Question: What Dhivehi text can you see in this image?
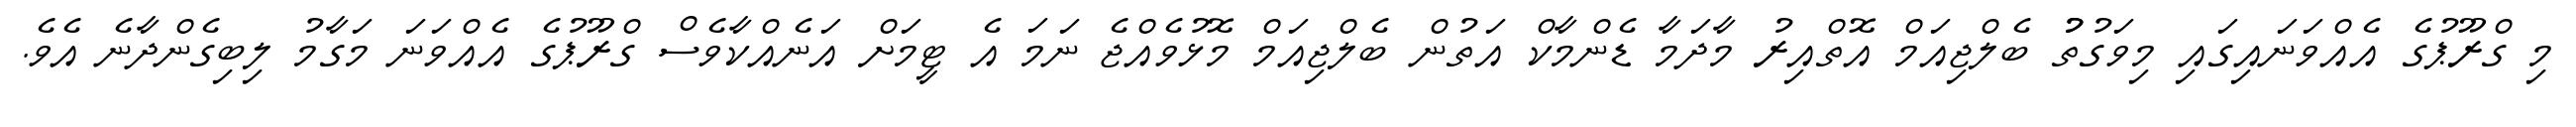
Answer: މި ގްރޫޕުގެ އެއްވަނައިގައި މިވަގުތުު ބެލްޖިއަމް އޮތްއިރު މާދަމާ ޑެންމާކް އަތުން ބެލްޖިއަމް މޮޅުވެއްޖެ ނަމަ އެ ޓީމަށް އަނެއްކާވެސް ގްރޫޕުގެ އެއްވަނަ މަގާމު ލިބިގެންދާނެ އެވެ.